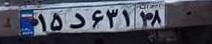
۱۵د۶۳۱۱۸